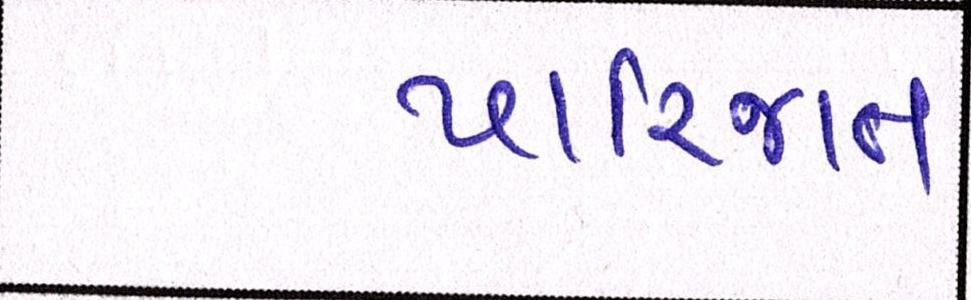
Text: પારિજાત